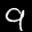
Label: 9